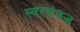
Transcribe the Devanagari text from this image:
स्वरयंत्रज